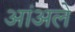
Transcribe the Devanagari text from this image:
आंअले